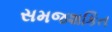
સમજશકિત